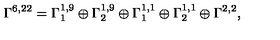
\Gamma ^ { 6 , 2 2 } = \Gamma _ { 1 } ^ { 1 , 9 } \oplus \Gamma _ { 2 } ^ { 1 , 9 } \oplus \Gamma _ { 1 } ^ { 1 , 1 } \oplus \Gamma _ { 2 } ^ { 1 , 1 } \oplus \Gamma ^ { 2 , 2 } ,